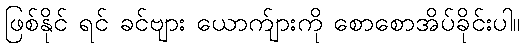
ဖြစ်နိုင် ရင် ခင်ဗျား ယောက်ျားကို စောစောအိပ်ခိုင်းပါ။